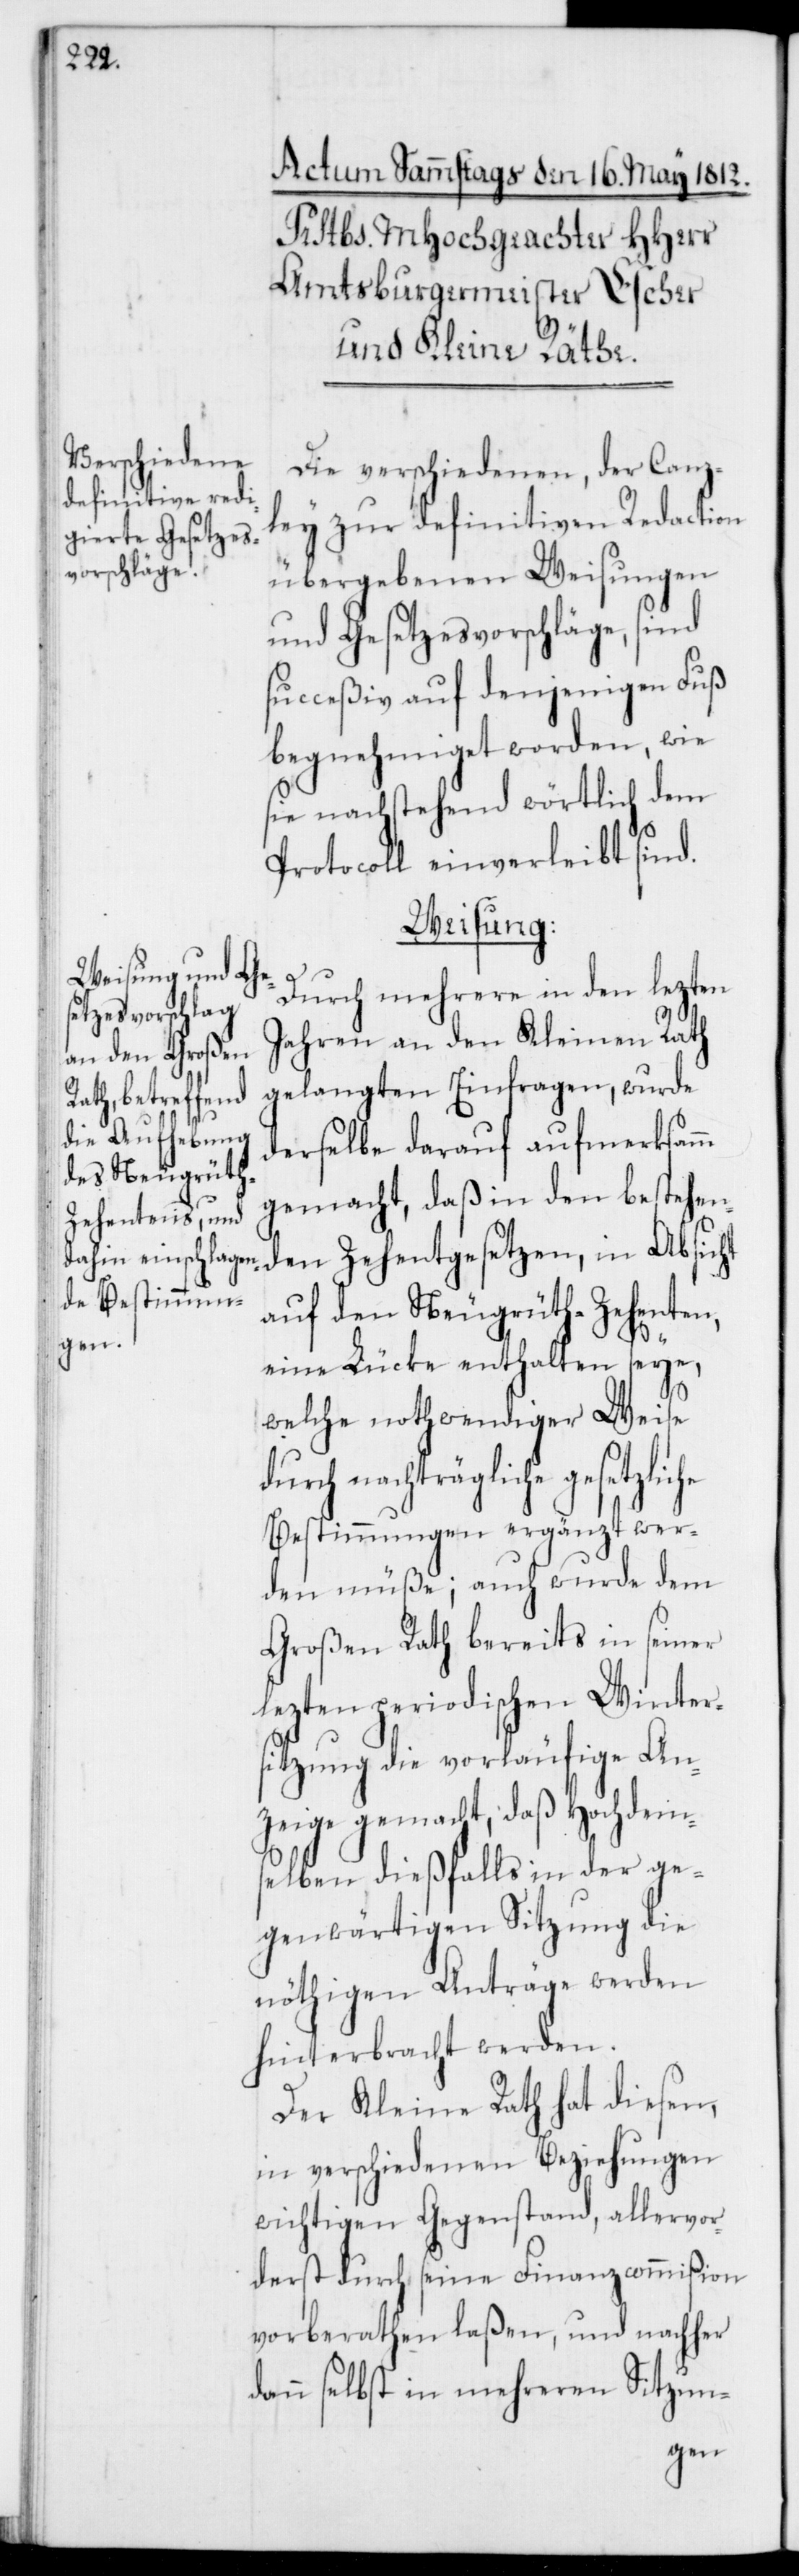
Die verschiedenen, der Canz¬
ley zur definitiven Redaction
übergebenen Weisungen
und Gesetzesvorschläge, sind
succeßiv auf denjenigen Fuß
begnehmiget worden, wie
sie nachstehend wörtlich dem
Protocoll einverleibt sind.
Weisung:
Durch mehrere in den lezten
Jahren an den Kleinen Rath
gelangten Einfragen, wurde
derselbe darauf aufmerksamm
gemacht, daß in den bestehen¬
den Zehentgesetzen, in Absicht
auf den Neugrüt-Zehenten,
eine Lücke enthalten seye,
welche nothwendiger Weise
durch nachträgliche
Bestimmungen ergänzt wer¬
den müße; auch wurde dem
Großen Rath bereits in seiner
lezten periodischen Winters¬
itzung die vorläufige An¬
zeige gemacht, daß Hochdems¬
elben dießfalls in der ge¬
genwärtigen Sitzung die
nöthigen Anträge werden
hinterbracht werden.
Der Kleine Rath hat diesen,
in verschiedenen Beziehungen
wichtigen Gegenstand, allervor¬
derst durch seine Finanzcommißion
vorberathen laßen, und nachher
dann selbst in mehreren Sitzun-